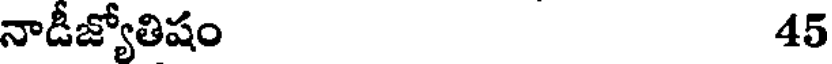
నాడీజ్యోతిషం 45